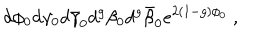
d \phi _ { 0 } d \gamma _ { 0 } d \bar { \gamma } _ { 0 } d ^ { g } \beta _ { 0 } d ^ { g } \bar { \beta } _ { 0 } e ^ { 2 ( 1 - g ) \phi _ { 0 } } ~ ,